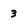
Character: 3